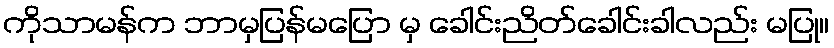
ကိုသာမန်က ဘာမှပြန်မပြော မှ ခေါင်းညိတ်ခေါင်းခါလည်း မပြု။